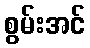
စွမ်းအင်